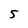
Character: 5